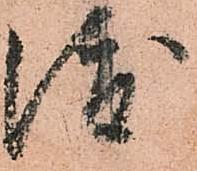
渡